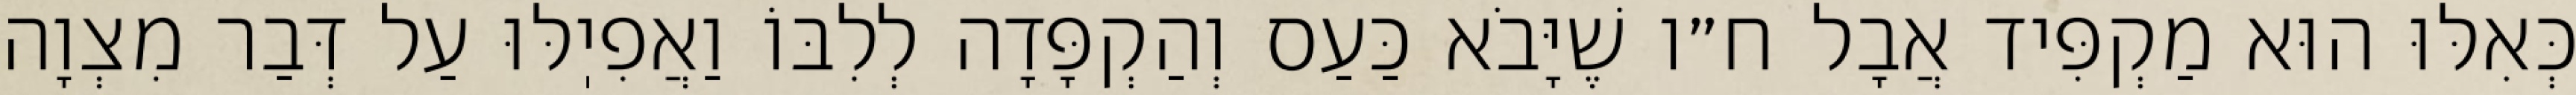
כְּאִלּוּ הוּא מַקְפִּיד אֲבָל ח״ו שֶׁיָּבֹא כַּעַס וְהַקְפָּדָה לְלִבּוֹ וַאֲפִיֽלּוּ עַל דְּבַר מִצְוָה